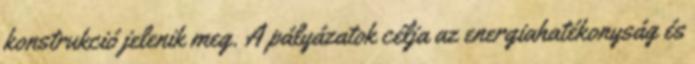
konstrukció jelenik meg. A pályázatok célja az energiahatékonyság és